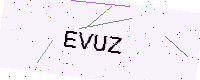
Text: EVUZ